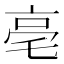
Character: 亳